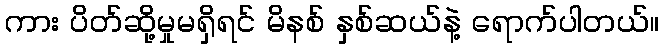
ကား ပိတ်ဆို့မှုမရှိရင် မိနစ် နှစ်ဆယ်နဲ့ ရောက်ပါတယ်။